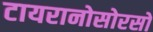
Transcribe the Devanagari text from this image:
टायरानोसोरसों